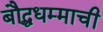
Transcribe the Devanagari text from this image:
बौद्धधम्माची